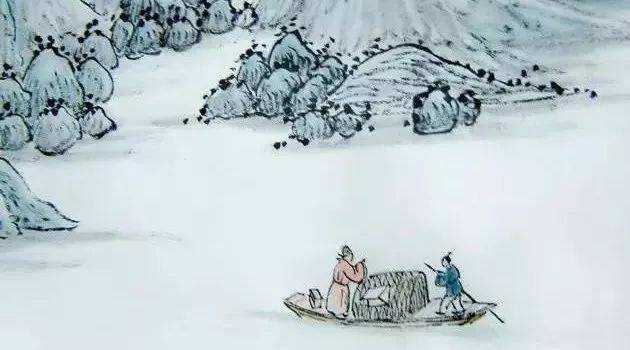
回乐烽前沙似雪，受降城外月如霜。